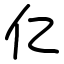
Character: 亿